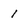
Character: 1